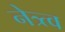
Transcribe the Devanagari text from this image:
नेत्र्त्व